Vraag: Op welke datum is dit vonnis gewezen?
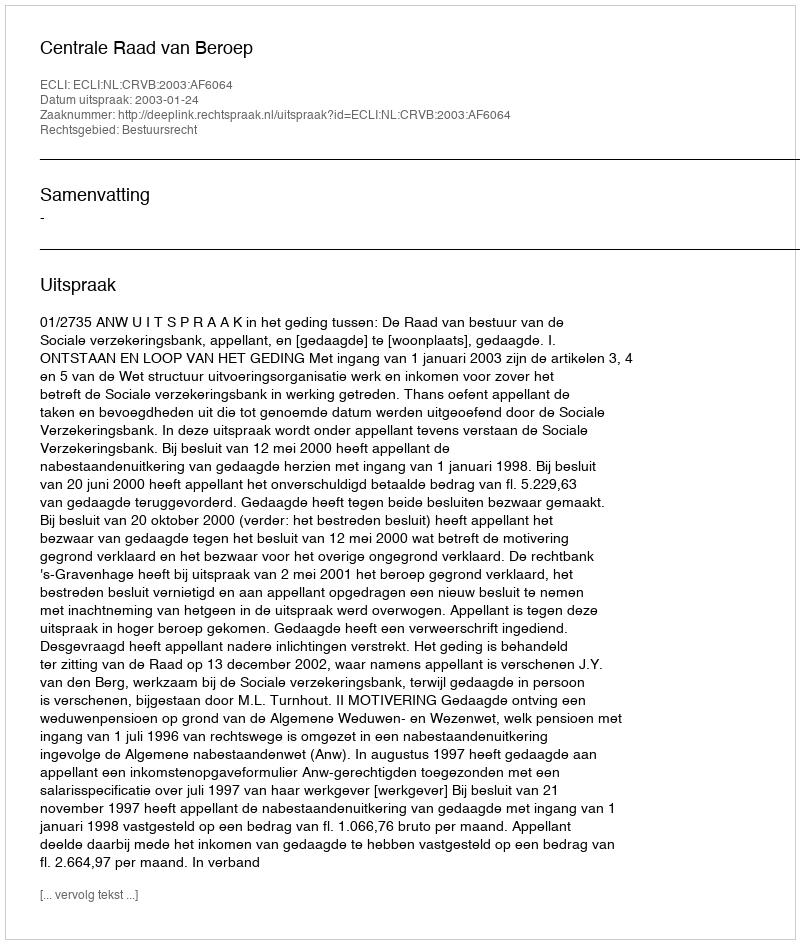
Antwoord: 2003-01-24